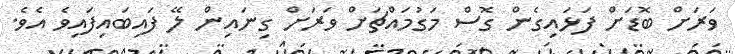
ވަރަށް ބޮޑަށް ފަޅައިގެން ގޮސް މަގުމައްޗަށް ވަރަށް ގިނައިން ލޭ ފައިބައިފައިވެ އެވެ.